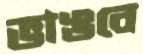
ভাঙবে